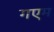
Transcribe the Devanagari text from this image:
गएम